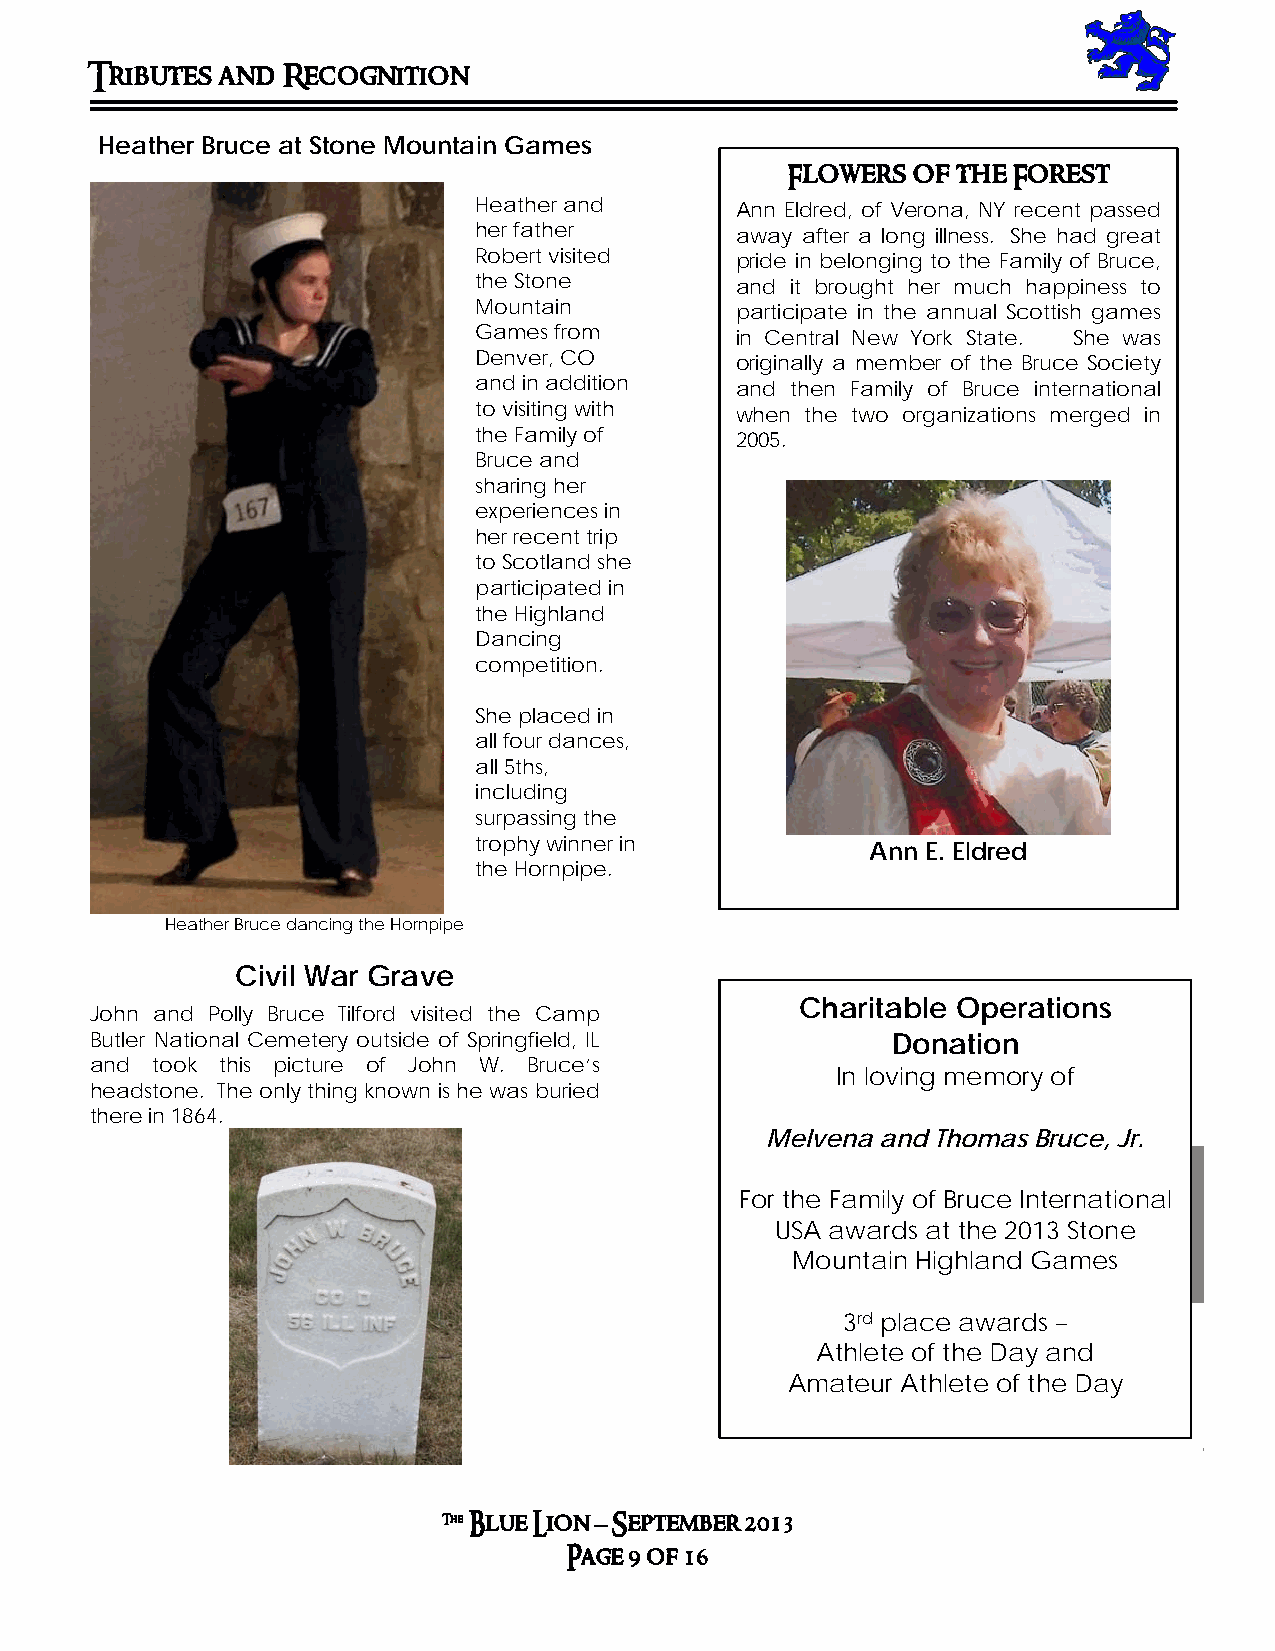
Tributes and Recognition
 Heather Bruce at Stone Mountain Games
 Flowers of the Forest
 Heather and       A nn Eldred, of Verona, NY recent passed
 her father        aw ay after a long illness. She had great
 Robert visited    pr ide in belonging to the Family of Bruce,
 the Stone         an d it brought her much happiness to
 Mountain          pa rticipate in the annual Scottish games
 Games from        in Central New York State. She was
 Denver, CO        or iginally a member of the Bruce Society
 and in addition   an d then Family of Bruce international
 to visiting with  w hen the two organizations merged in
 the Family of     20 05.
 Bruce and
 sharing her
 experiences in
 her recent trip
 to Scotland she
 participated in
 the Highland
 Dancing
 competition.
 She placed in
 all four dances,
 all 5ths,
 including
 surpassing the
 trophy winner in           Ann E. Eldred
 the Hornpipe.
 Heather Bruce dancing the Hornpipe
 Civil War Grave
 Charitable Operations
 John and Polly Bruce Tilford visited the Camp
 Butler National Cemetery outside of Springfield, IL  Donation
 and took this picture of John W. Bruce’s
 In loving memory of
 headstone. The only thing known is he was buried
 there in 1864.
 Melvena and Thomas Bruce, Jr.
 For the Family of Bruce International
 USA awards at the 2013 Stone
 Mountain Highland Games
 3rd place awards –
 Athlete of the Day and
 Amateur Athlete of the Day
 The Blue Lion – September 2013
 Page 9 of 16